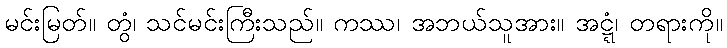
မင်းမြတ်။ တွံ၊ သင်မင်းကြီးသည်။ ကဿ၊ အဘယ်သူအား။ အဋ္ဋံ၊ တရားကို။